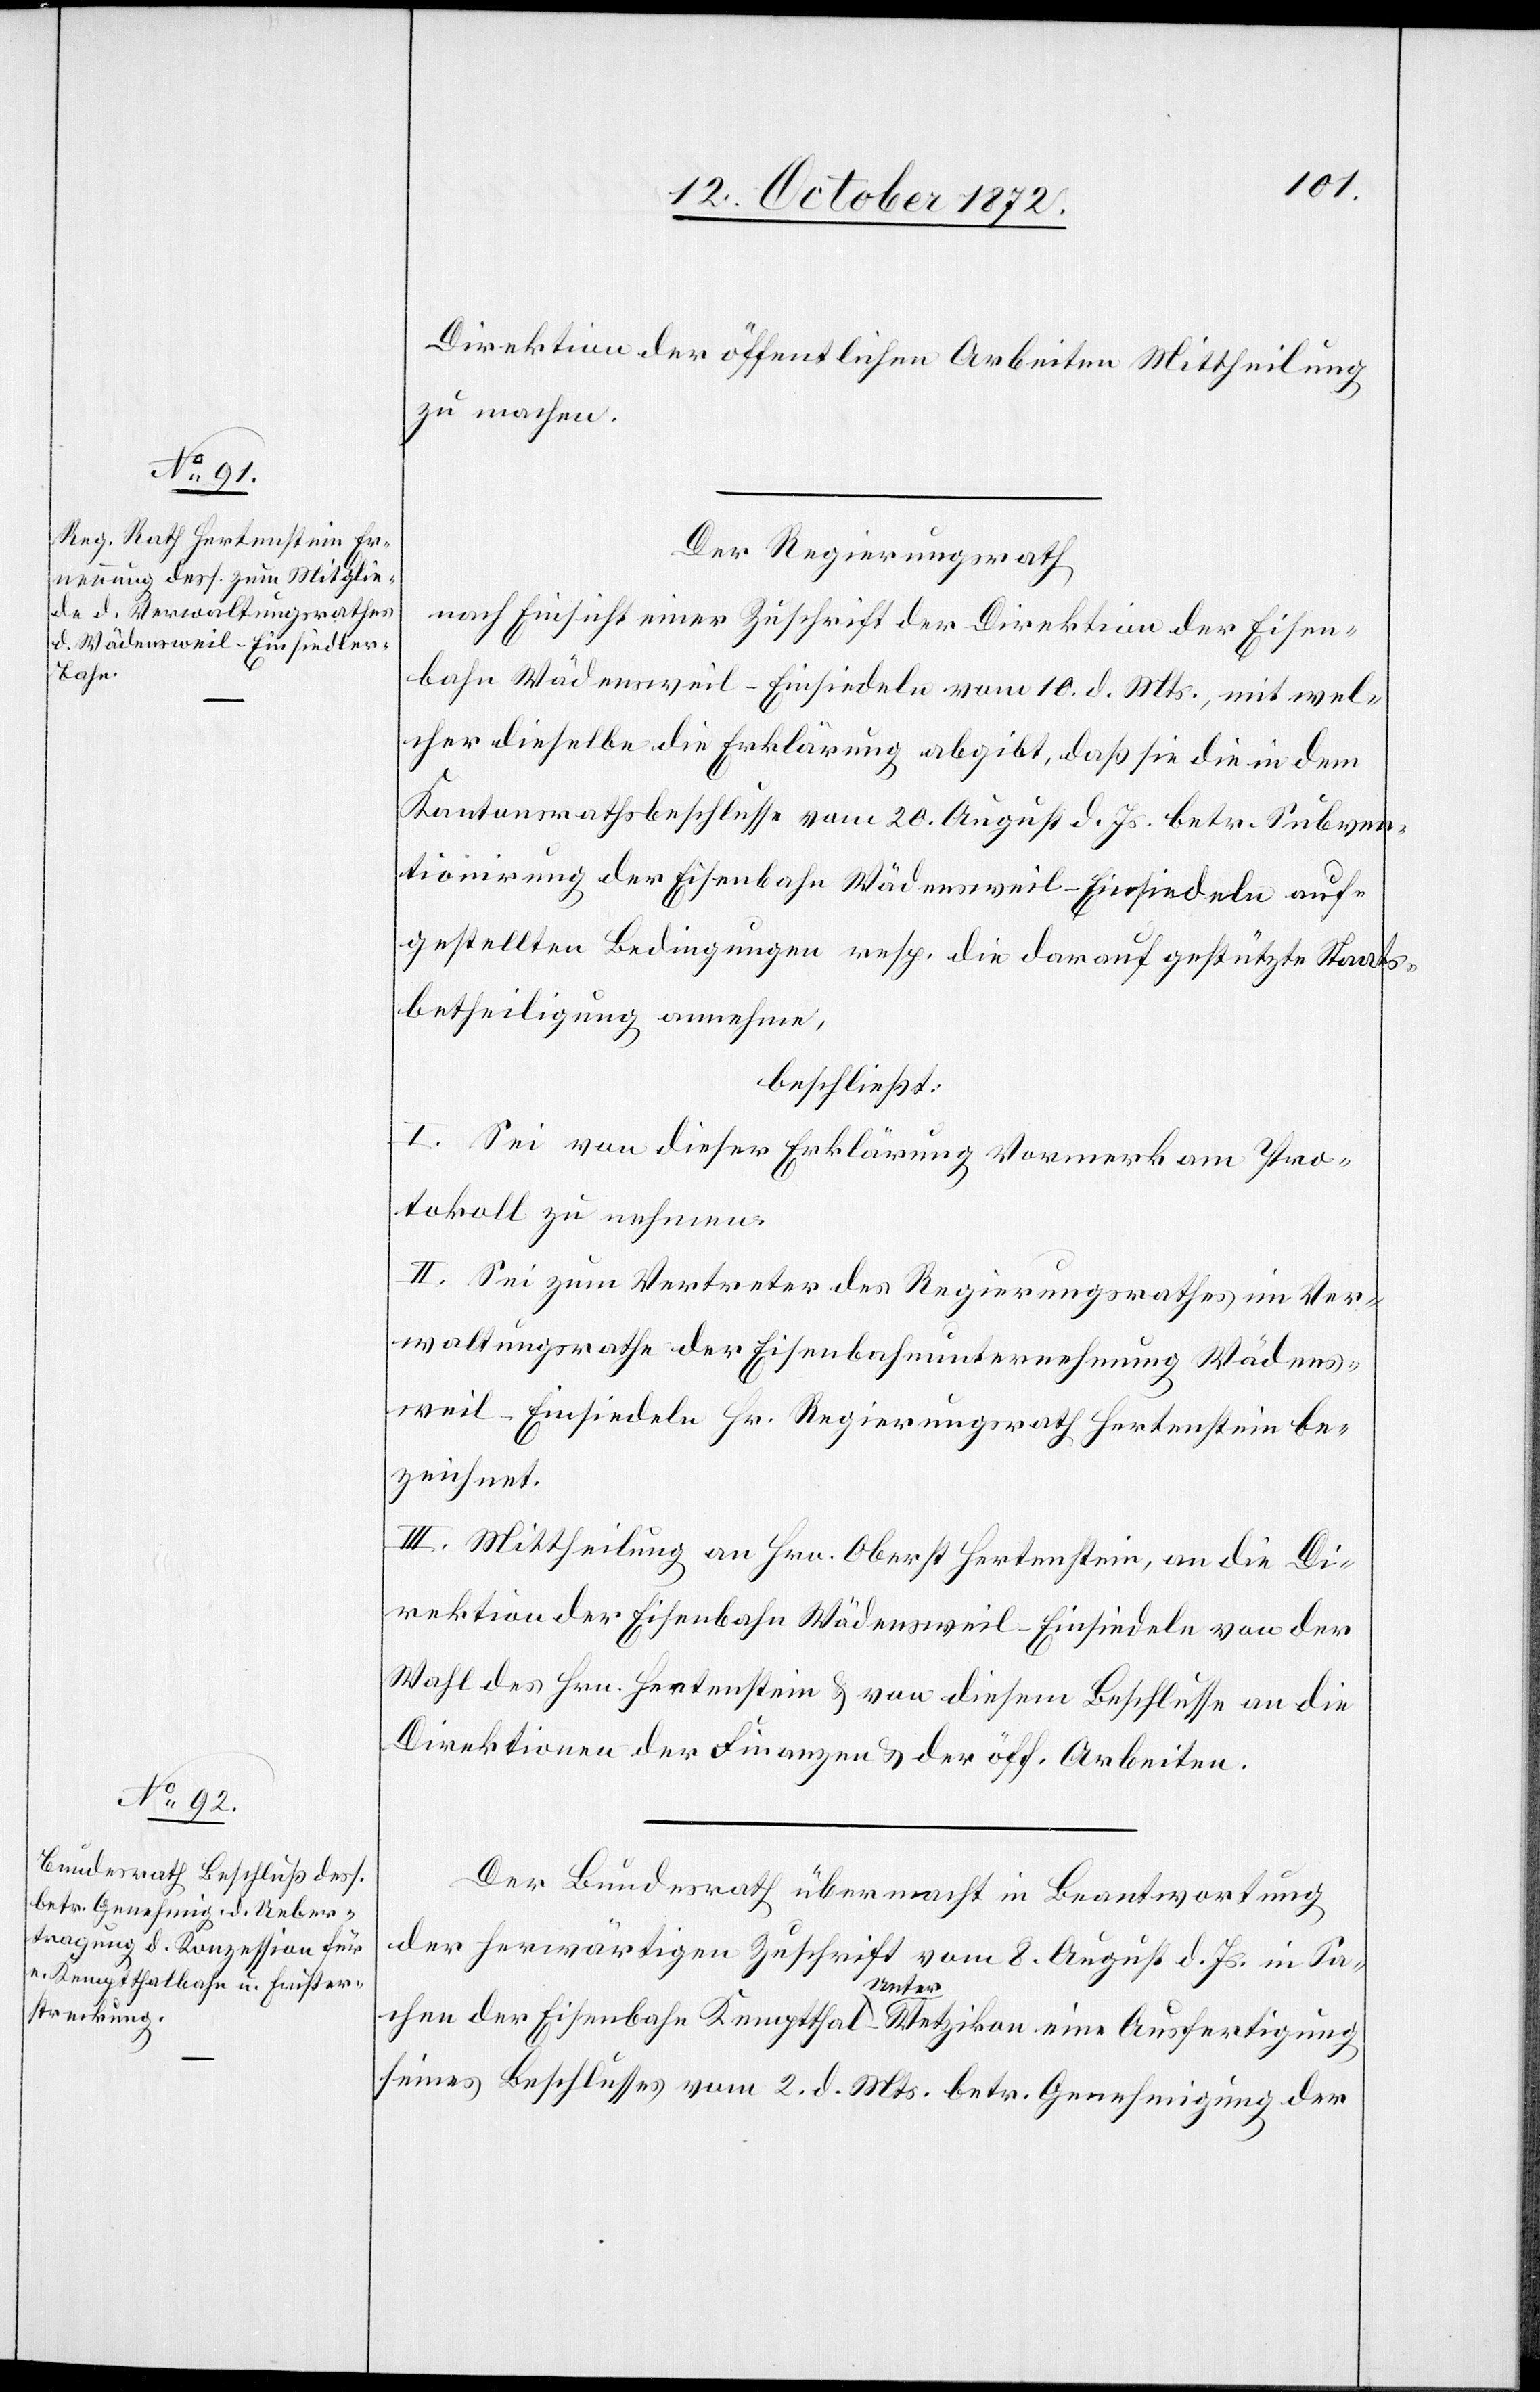
Direktion der öffentlichen Arbeiten Mittheilung
zu machen.
Der Regierungsrath
nach Einsicht einer Zuschrift der Direktion der Eisen¬
bahn Wädensweil–Einsiedeln vom 10. d. Mts., mit wel¬
cher dieselbe die Erklärung abgibt, daß sie die in dem
Kantonsrathsbeschlusse vom 20. August d. Js. betr. Subven¬
tionirung der Eisenbahn Wädensweil–Einsiedeln auf¬
gestellten Bedingungen resp. die darauf gestützt Staats¬
betheiligung annehme,
beschließt:
I. Sei von dieser Erklärung Vormerk am Pro¬
tokoll zu nehmen.
II. Sei zum Vertreter des Regierungsrathes im Ver¬
waltungsrathe der Eisenbahnunternehmung Wädens¬
weil–Einsiedeln Hr. Regierungsrath Hertenstein be¬
zeichnet.
III. Mittheilung an Hrn. Oberst Hertenstein, an die Di¬
rektion der Eisenbahn Wädensweil–Einsiedeln von der
Wahl des Hrn. Hertenstein u. von diesem Beschlusse an die
Direktionen der Finanzen u. der öff. Arbeiten.
Der Bundesrath übermacht in Beantwortung
der herwärtigen Zuschrift
vom 8. August d. Js. in Sa¬
chen der Eisenbahn Kemptthal–Unterwetzikon eine Ausfertigung
seines Beschlusses vom 2. d. Mts. betr. Genehmigung der